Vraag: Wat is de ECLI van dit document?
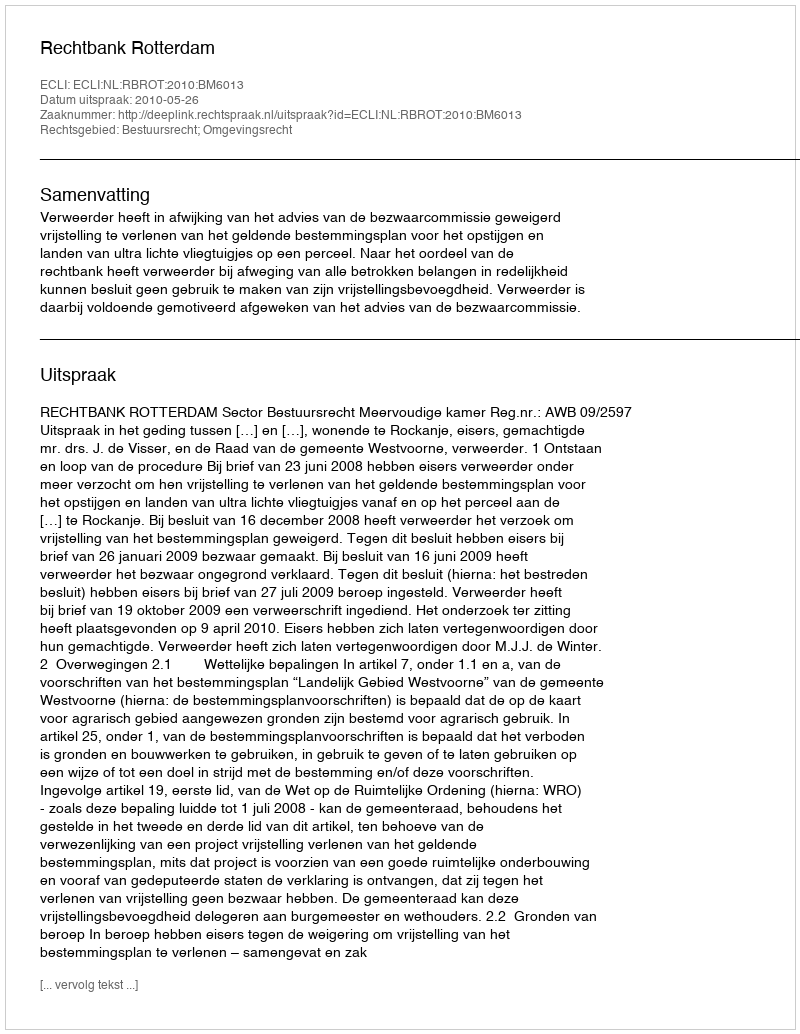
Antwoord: ECLI:NL:RBROT:2010:BM6013